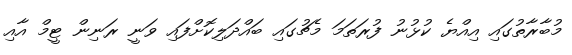
މުބާރާތުގައި އިއްޔެ ކުޅުނު ފުރަތަމަ މެޗުގައި ބައްދަލިކޮށްފައި ވަނީ ރަނިން ޓީމް އާއި